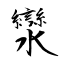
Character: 灓